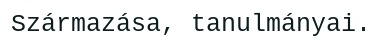
Származása, tanulmányai.